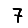
Digit: 7